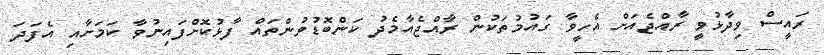
ރައީސް ވިދާޅުވީ ރާއްޖެއަށް އެހީވާ ގައުމުތަކުން ރާއްޖެއާމެދު ކަންބޮޑުވުންތައް ފާޅުކޮށްފައިނުވާ ކަމަށާއި އެފަދަ